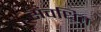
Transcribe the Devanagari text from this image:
संवधित